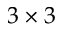
3 \times 3